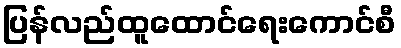
ပြန်လည်ထူထောင်ရေးကောင်စီ